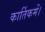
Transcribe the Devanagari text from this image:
कार्तिकमें।